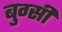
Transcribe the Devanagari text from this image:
बुग्‍सी